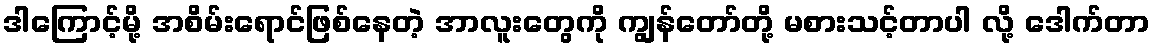
ဒါကြောင့်မို့ အစိမ်းရောင်ဖြစ်နေတဲ့ အာလူးတွေကို ကျွန်တော်တို့ မစားသင့်တာပါ လို့ ဒေါက်တာ